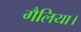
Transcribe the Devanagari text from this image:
गैलिया।